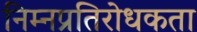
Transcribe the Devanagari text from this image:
निम्नप्रतिरोधकता